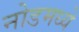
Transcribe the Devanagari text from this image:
नोडमध्ये